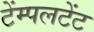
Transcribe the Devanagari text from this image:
टेंम्पलटेंट